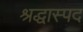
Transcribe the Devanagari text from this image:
श्रद्धास्पद